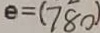
e = ( 7 8 0 )